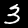
Digit: 3